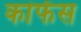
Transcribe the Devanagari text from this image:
कांफेंस